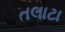
તલાટા